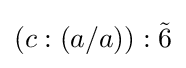
(c:(a/a)):{\tilde {6}}